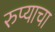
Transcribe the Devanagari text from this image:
रुप्याचा